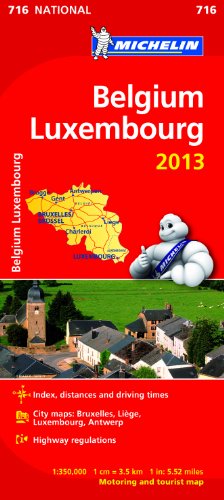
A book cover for Belgium & Luxembourg National Map 2013 (Michelin National Maps); Travel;